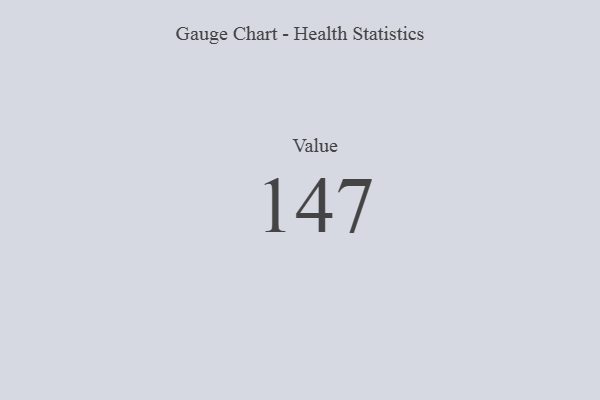
{"axis": {"x": "Metric", "y": "Value"}, "legend": [""], "data": [{"x": "Value", "y": 147, "type": ""}]}